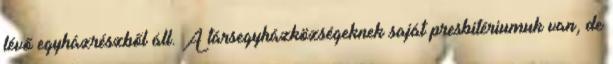
lévő egyházrészből áll. A társegyházközségeknek saját presbitériumuk van, de